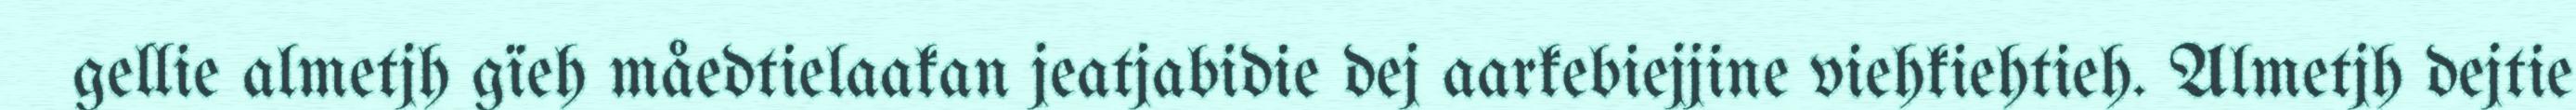
gellie almetjh gïeh måedtielaakan jeatjabidie dej aarkebiejjine viehkiehtieh. Almetjh dejtie